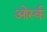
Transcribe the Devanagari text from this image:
ओर्स्क